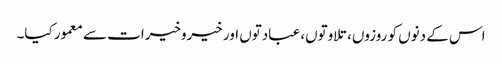
اس کے دنوں کو روزوں، تلاوتوں، عبادتوں اور خیروخیرات سے معمور کیا۔